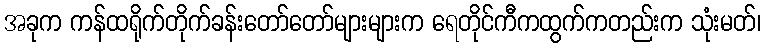
အခုက ကန်ထရိုက်တိုက်ခန်းတော်တော်များများက ရေတိုင်ကီကထွက်ကတည်းက သုံးမတ်၊